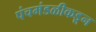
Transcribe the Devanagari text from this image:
पंचमंडळीकडून